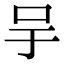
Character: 𠯊